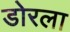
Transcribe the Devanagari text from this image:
डोरला